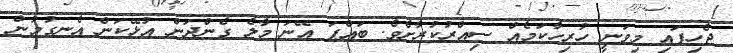
ޖެހިފައި މިވަނީ ހުރިހާކަމެއް ސިއްރުކުރާށެވެ. ބައްޕަ އޭނަ މާލެ ގެންދަން އުޅޭކަން އެނގުމުން